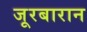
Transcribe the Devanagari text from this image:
जूरबारान